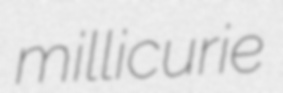
millicurie